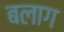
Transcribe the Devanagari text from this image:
बलाग